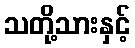
သတို့သားနှင့်